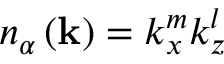
n _ { \alpha } \left( \mathbf { k } \right) = k _ { x } ^ { m } k _ { z } ^ { l }